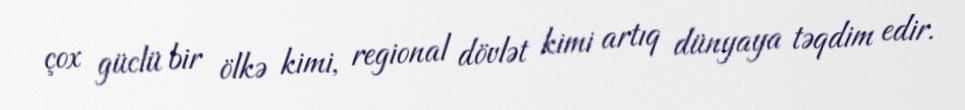
çox güclü bir ölkə kimi, regional dövlət kimi artıq dünyaya təqdim edir.